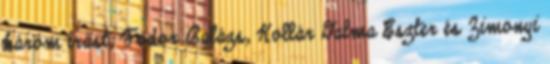
három írást, Fodor Balázs, Kollár Dalma Eszter és Zimonyi